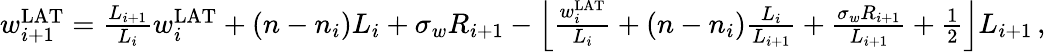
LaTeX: \begin{array}{r}{w_{i+1}^{\mathrm{LAT}}=\frac{L_{i+1}}{L_{i}}w_{i}^{\mathrm{LAT}}+(n-n_{i})L_{i}+\sigma_{w}R_{i+1}-\left\lfloor\frac{w_{i}^{\mathrm{LAT}}}{L_{i}}+(n-n_{i})\frac{L_{i}}{L_{i+1}}+\frac{\sigma_{w}R_{i+1}}{L_{i+1}}+\frac{1}{2}\right\rfloor L_{i+1}\, ,}\end{array}